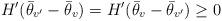
LaTeX: \begin{align*} H'(\bar{\theta}_{v'} - \bar{\theta}_v) = H'(\bar{\theta}_v - \bar{\theta}_{v'}) \geq 0\end{align*}